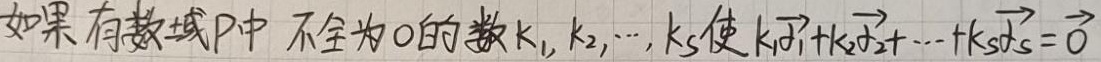
如果有数域$P$中不全为$0$的数$k_1,k_2,\cdots,k_s$使$k_1\vec{\alpha}_1 + k_2\vec{\alpha}_2+\cdots + k_s\vec{\alpha}_s=\vec{0}$。